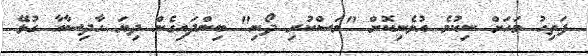
ފަތިހު މަހަށް ނިކުމެ އުޅެނިކޮށް "މަސްކުރި ދޯނި" ބިންދައިގެން ދިޔަ ހާދިސާއާ ގުޅޭ